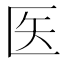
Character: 医